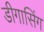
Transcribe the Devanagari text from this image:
डीगासिंग